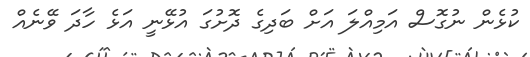
ކުޅެން ނުގޮސް އަމިއްލަ އަށް ބަދިގެ ދޮށުގަ އުޅޭނީ އަޅެ ހާދަ ވޭނެއް